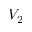
V _ { 2 }